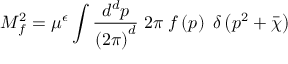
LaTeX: M _ { f } ^ { 2 } = \mu ^ { \epsilon } \int \frac { d ^ { d } p } { \left( 2 \pi \right) ^ { d } } \; 2 \pi \; f \left( p \right) \; \delta \left( p ^ { 2 } + \bar { \chi } \right)